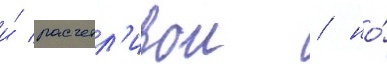
и́ расчетл'ивои / но́